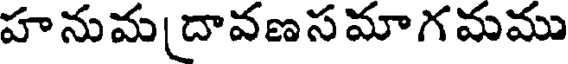
హనుమ దావణస మాగమము